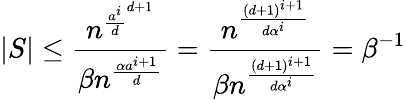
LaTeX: |S|\leq\frac{n^{\frac{a^{i}}{d}^{d+1}}}{\beta n^{\frac{\alpha a^{i+1}}{d}}}=\frac{n^{\frac{(d+1)^{i+1}}{d\alpha^{i}}}}{\beta n^{\frac{(d+1)^{i+1}}{d\alpha^{i}}}}=\beta^{-1}